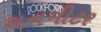
ઘનમીટર